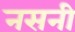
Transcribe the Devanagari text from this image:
नसनी